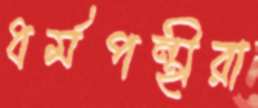
ধর্মপন্থীরা